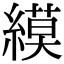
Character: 縸